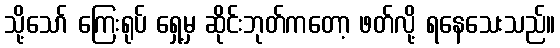
သို့သော် ကြေးရုပ် ရှေ့မှ ဆိုင်းဘုတ်ကတော့ ဖတ်လို့ ရနေသေးသည်။